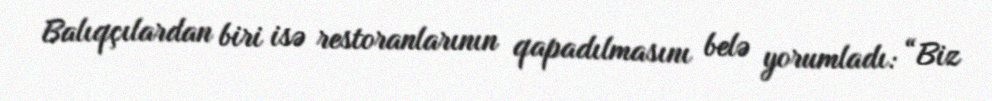
Balıqçılardan biri isə restoranlarının qapadılmasını belə yorumladı: “Biz